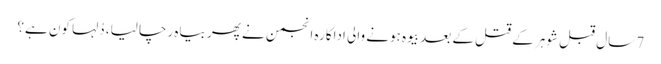
7 سال قبل شوہر کے قتل کے بعد بیوہ ہونے والی اداکارہ انجمن نے پھر بیاہ رچا لیا، دُلہا کون ہے؟